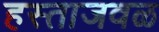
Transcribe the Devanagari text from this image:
हस्ताजवळ